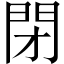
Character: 閉